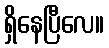
ရှိနေပြီလေ။